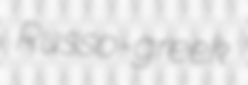
Russo-greek